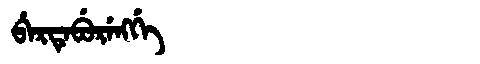
Manchu: ᠪᡝᡵᡨᡝᠪᡠᡵᡝᠩᡤᡝ
Romanization: BERTEBURENGGE